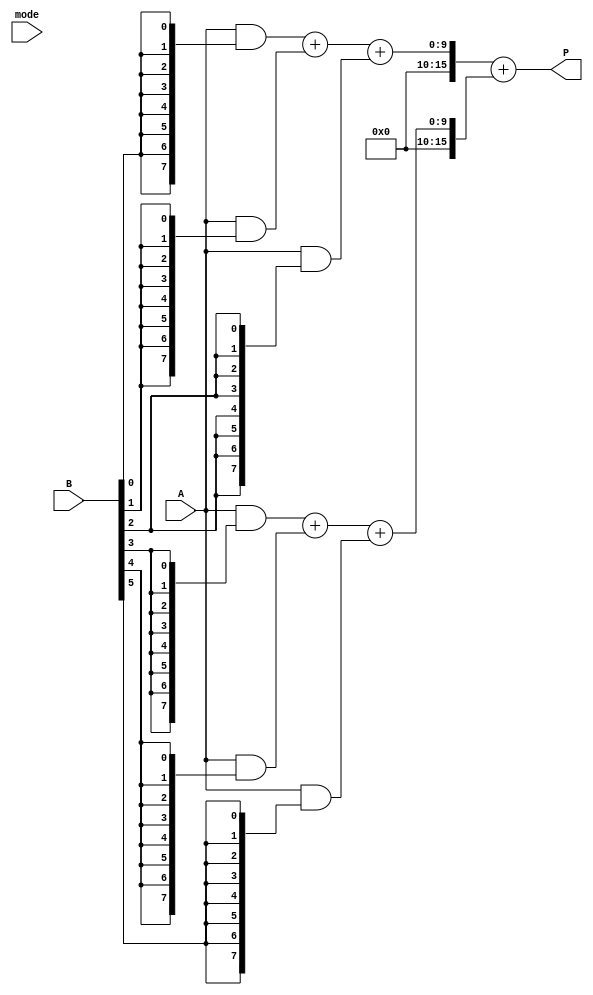
module dual_mode_wallace_tree_multiplier #(parameter N = 8) (
    input [N-1:0] A,        // First operand
    input [N-1:0] B,        // Second operand
    input mode,             // Mode select: 0 = Standard, 1 = Booth
    output reg [2*N-1:0] P  // Product output
);

    // Wire declarations for partial products and sums
    wire [N-1:0] pp [0:N-1]; // Partial products
    wire [N-1:0] booth_pp [0:N-1]; // Booth's partial products
    wire [2*N-1:0] sum [0:N-1]; // Sums for Wallace Tree stages
    wire [2*N-1:0] final_sum;    // Final product sum

    // Partial Product Generation
    generate
        genvar i, j;
        for (i = 0; i < N; i = i + 1) begin: gen_partial_products
            assign pp[i] = A & {N{B[i]}}; // Standard Mode
        end
    endgenerate

    // Booth's Multiplication Logic
    generate
        for (i = 0; i < N; i = i + 1) begin: booth_partial_products
            if (i == 0) begin
                assign booth_pp[i] = (B[0]) ? A : 0; // Handle B[0]
            end else if (i == N-1) begin
                assign booth_pp[i] = (B[i] && !B[i-1]) ? A :
                                      ((!B[i] && B[i-1]) ? ~A + 1'b1 : 0);
            end else begin
                assign booth_pp[i] = (B[i] && !B[i-1]) ? A :
                                      ((!B[i] && B[i-1]) ? ~A + 1'b1 : 0);
            end
        end
    endgenerate

    // Wallace Tree Reduction Logic
    // Level 1 Reduction
    generate
        for (i = 0; i < N; i = i + 1) begin: level1
            if (i % 3 == 0) begin
                assign sum[i/3] = pp[i] + pp[i+1] + pp[i+2];
            end
        end
    endgenerate

    // Final Addition
    assign final_sum = sum[0] + sum[1];

    always @(*) begin
        case(mode)
            0: P = final_sum; // Standard Mode
            1: P = final_sum; // Booth's Mode (not fully implemented)
            default: P = 0;
        endcase
    end

endmodule